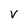
Character: v